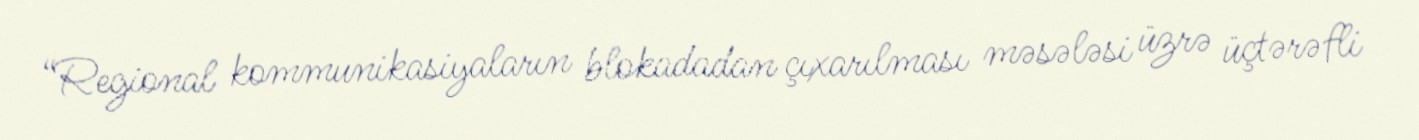
“Regional kommunikasiyaların blokadadan çıxarılması məsələsi üzrə üçtərəfli